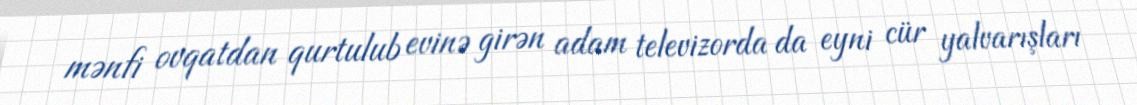
mənfi ovqatdan qurtulub evinə girən adam televizorda da eyni cür yalvarışları